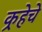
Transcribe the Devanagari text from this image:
कर्‍हेचे